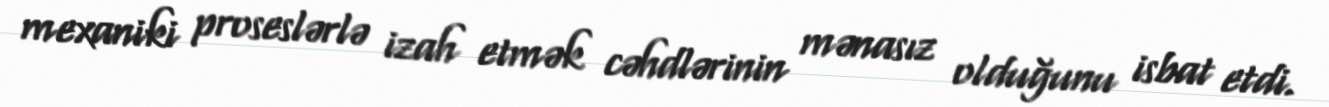
mexaniki proseslərlə izah etmək cəhdlərinin mənasız olduğunu isbat etdi.